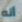
أنه